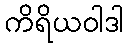
ကိရိယဝါဒါ